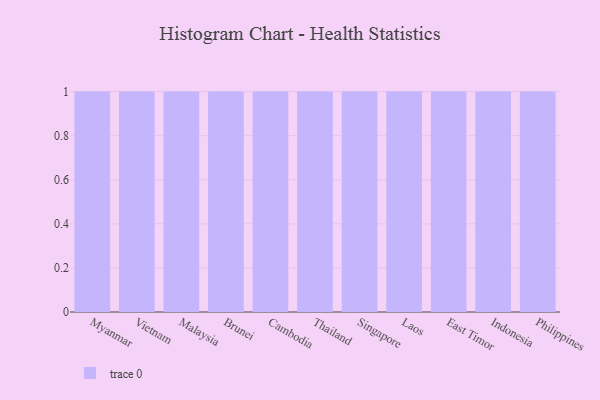
{"axis": {"x": "Country", "y": "Demand Index"}, "legend": [""], "data": [{"x": "Myanmar", "y": 67, "type": ""}, {"x": "Vietnam", "y": 6, "type": ""}, {"x": "Malaysia", "y": 83, "type": ""}, {"x": "Brunei", "y": 11, "type": ""}, {"x": "Cambodia", "y": 92, "type": ""}, {"x": "Thailand", "y": 12, "type": ""}, {"x": "Singapore", "y": 40, "type": ""}, {"x": "Laos", "y": 78, "type": ""}, {"x": "East Timor", "y": 58, "type": ""}, {"x": "Indonesia", "y": 31, "type": ""}, {"x": "Philippines", "y": 53, "type": ""}]}